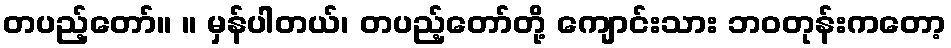
တပည့်တော်။ ။ မှန်ပါတယ်၊ တပည့်တော်တို့ ကျောင်းသား ဘဝတုန်းကတော့